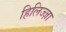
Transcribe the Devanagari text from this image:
हिलिज्ज़ा